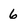
Character: 6